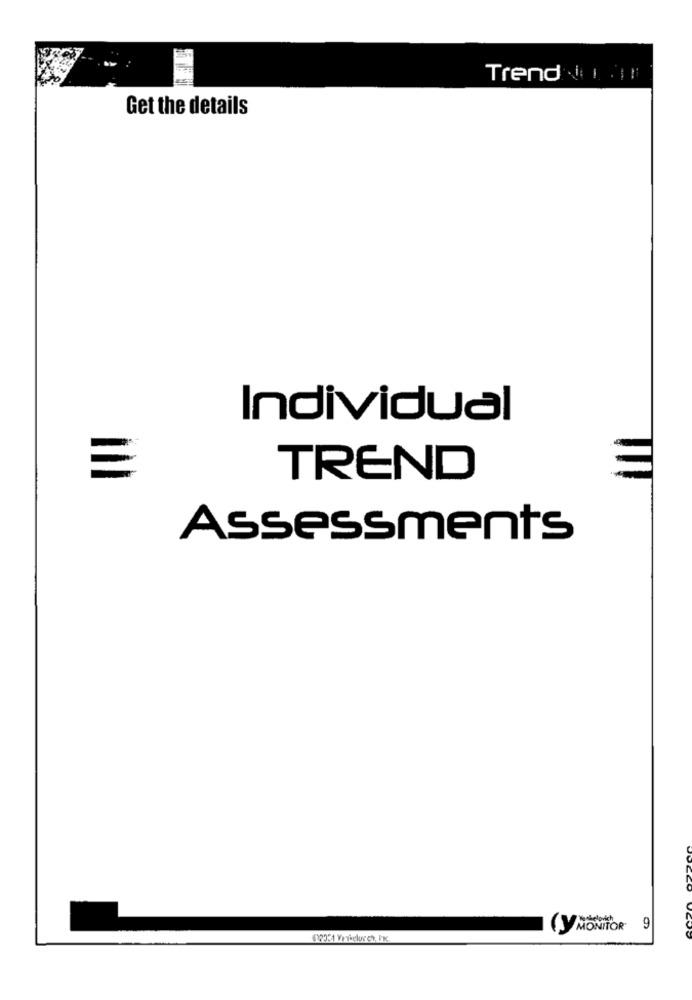
Trend 1 1!
Get the details
Individual
TREND
Assessments
(Y MONITOR 9
(2331 Yrikclurch, Inc